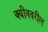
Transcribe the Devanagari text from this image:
क्यीववरील